Vaccination in Burma 1900-1911 - 1900-1911
Year: 1900
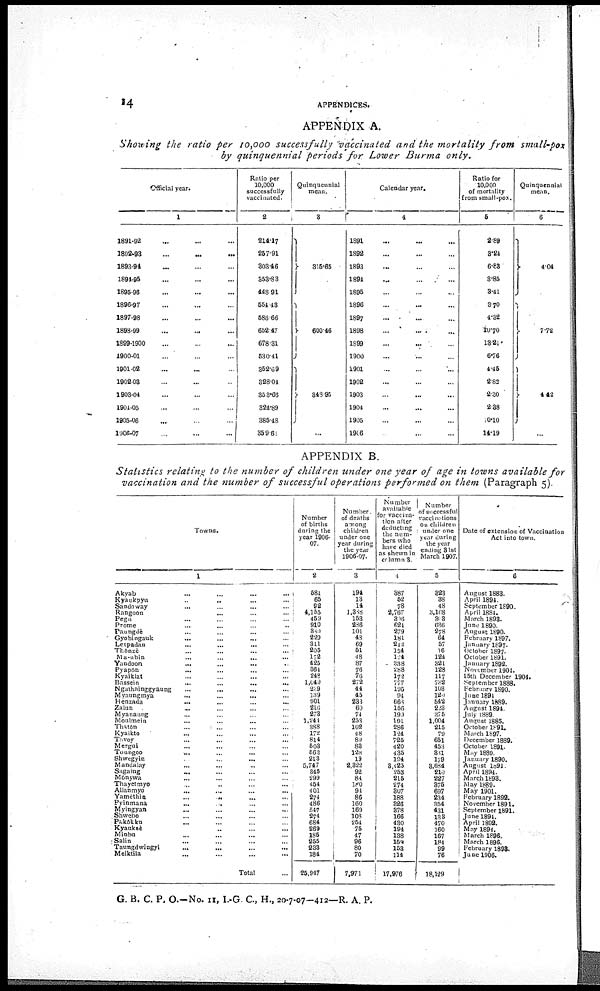
14
APPENDICES.
APPENDIX A.
Showing the ratio per 10,000 successfully vaccinated and the mortality from small-pox
by quinquennial periods for Lower Burma
only.
Official year.
1
1891-92... ... ...
1892-93...
...
...
1893-94... ... ...
1894-95... ... ...
1895-96... ...
1896-97... ... ...
1897-98... ... ...
1898-99... ... ...
1899-1900... ... ...
1900-01... ... ...
1901-02... ... ...
1902-03... ... ...
1903-04... ... ...
1904-05... ... ...
1905-06... ... ...
1906-07... ... ...
Ratio per
10,000
successfully
vaccinated.
2
214.17
257.91
303.16
353.88
448.91
554.43
588.66
652.47
678.31
530.41
352.69
328.04
353.66
324.89
385.48
359.61
Quinquennial
mean.
3
315.65
600.46
313.95
...
Calendar year.
4
1891... ... ...
1892... ... ...
1893... ... ...
1894... ... ...
1895... ... ...
1896... ... ...
1897... ... ...
1898... ... ...
1899... ... ...
1900... ... ...
1901... ... ...
1902... ... ...
1903... ... ...
1904... ... ...
1905... ... ...
1906
Ratio for
10,000
of mortality
from small-pox.
5
2.89
3.24
6.83
3.85
3.41
3.70
4.32
10.70
13.21
676
4.45
2.82
2.30
238
10.10
11.19
Quinquennial
mean.
6
4.04
7.72
442
...
APPENDIX B.
Statistics relating to the number of children under one year of age in towns available for
vaccination and the number of successful operations performed on them (Paragraph 5).
Towns.
1
Akyab... ... ... ...
Kyaukpyu... ... ...
Sandoway... ... ...
Rangoon... ... ...
Pegu... ... ...
Prome
...
...
...
Paungdè... ... ...
Gyobingauk... ... ...
Letpadan... ... ...
Thônze... ...
Ma-ubin... ... ...
Yandoon... ... ...
Pyapôn... ... ...
Kyaiklat... ... ...
Bassein...
...
...
Ngathninggyaung... ... ...
Myaungmya... ... ...
Henzada
...
...
...
Zalun...
...
...
Myanaung... ... ...
Moulmein... ... ...
Thatôn... ... ...
Kyaikto... ... ...
Tavoy... ... ...
Mergui... ... ...
Toungoo
...
...
...
Shwegyin... ... ...
Mandalay... ... ...
Sagaing... ... ...
Mônywa... ... ...
Thayetmyo... ... ...
Allanmyo...
...
...
Yamèthin...
...
...
Pyinmana... ... ...
Myingyan... ... ...
Shwebo... ... ...
Pakôkku... ... ...
Kyauksè... ... ... ... ... ...
Minhu... ... ...
Salin... ... ... ... ... ...
Taungdwlngyi...
...
...
Meiktila... ... ...
Total
Number
of births
during the
year 1906-
07.
2
581
65
92
4,155
459
910
830
229
311
205
172
425
361
248
1,049
209
139
901
216
273
1,244
388
172
814
503
563
213
5,747
345
299
454
401
274
486
547
274
684
269
186
255
233
184
25,947
Number.
of deaths
among
children
under one
year during
the year
1906-07.
3
194
13
14
1,388
153
286
101
43
69
51
48
87
76 76
272
44
45
233
60
74
253
102
48
89
83
128
19
2,322
92
84
180
91
86
160
169
103
254
75
47
96
80
70
7,971
Number
available
for vaccina-
tion after
deducting
the num-
bers who
have died
as shewn in
column 3.
4
387
52
78
2,767
396
624
279
181
242
151
l24
338
288
172
777
195
94
668
156
199
991
286
124
725
420
435
194
3,425
253
215
274
307
188
826
378
166
430
194
138
154
153
114
17,976
Number
of successful
vaccinations
on children
under one
year during
the year
ending 31st
March 1907.
5
323
38
48
3,168
303
636
278
64
57
16
124
321
128
117
732
103
120
542
223
375
1,004
215
79
651
453
331
179
3,681
210
227
375
697
231
351
131
138
470
160
167
184
99
76
18,129
Date of extension of Vaccination
Act into town.
6
August 1883.
April 1894.
September 1890.
April 1881.
March 1898.
June 1890.
August 1890.
February 1897.
January 1897.
October 1897.
October 1891.
January 1892.
November 1904.
15th December 1904.
September 1888.
February 1890.
June 1891
January 1889.
August 1894.
July 1889.
August 1885.
October 1891.
March 1897.
December 1889.
October 1891.
May 1889.
January 1890.
August 189l.
April 1894.
March 1898.
May 1889.
May 1901.
February 1892.
November 1891.
September 1891.
June 1891.
April 1892.
May 1894.
March 1896.
March 1896.
February 1893.
June 1906.
G. B. C. P. O.—No. 11, I.-G. C, H., 20-7-07—412—R. A. P.